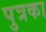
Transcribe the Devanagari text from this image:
पुत्रका